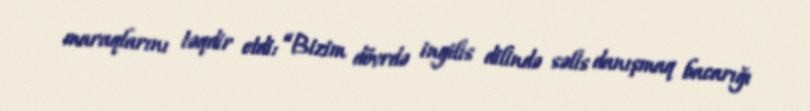
maraqlarını təqdir etdi: “Bizim dövrdə ingilis dilində səlis danışmaq bacarığı